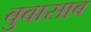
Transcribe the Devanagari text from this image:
बुवासाब